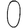
Digit: 0